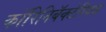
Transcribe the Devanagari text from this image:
कॉरिनिबॅक्टेरियम